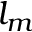
l _ { m }